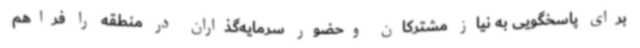
برای پاسخگویی به نیاز مشترکان وحضور سرمایه‌گذاران در منطقه را فراهم